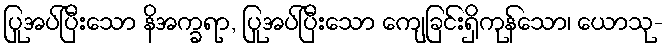
ပြုအပ်ပြီးသော နိအက္ခရာ, ပြုအပ်ပြီးသော ကျေခြင်းရှိကုန်သော၊ ယောသု-